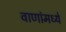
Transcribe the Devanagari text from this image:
वाणांमध्ये